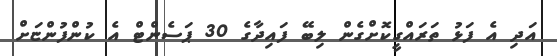
އަދި އެ ފަޅު ތަރައްގީކޮށްގެން ލިބޭ ފައިދާގެ 30 ޕަސެންޓް އެ ކުންފުންޏަށް